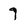
Character: 9